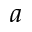
a